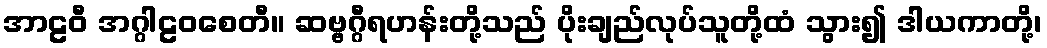
အာဠဝီ အဂ္ဂါဠဝစေတီ။ ဆဗ္ဗဂ္ဂီရဟန်းတို့သည် ပိုးချည်လုပ်သူတို့ထံ သွား၍ ဒါယကာတို့၊